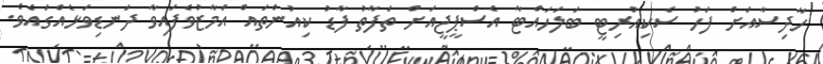
ހާދިސާއަށް ފަހު ސެކިއުރިޓީ ބަލަހައްޓާ އެސްޕީޖީއަށް ތަފާތު ފާޑު ކިއުންތައް އަމާޒުވެފައިވާ ދަނޑިވަޅެއްގައެވެ.